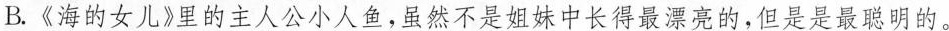
B.《海的女儿》里的主人公小人鱼，虽然不是姐妹中长得最漂亮的，但是是最聪明的。